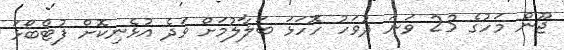
ޖޫން މަހުގެ 23 ވަނަ ދުވަހު ހޮހަޅަ ބަލާލުމަށް ވަދެ އުޅެނިކޮށް ފުޓްބޯޅަ